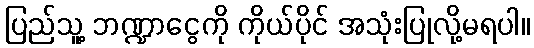
ပြည်သူ့ ဘဏ္ဍာငွေကို ကိုယ်ပိုင် အသုံးပြုလို့မရပါ။